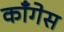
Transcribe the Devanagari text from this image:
काँगेस